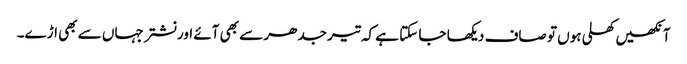
آنکھیں کھلی ہوں تو صاف دیکھا جا سکتا ہے کہ تیر جدھر سے بھی آئے اور نشتر جہاں سے بھی اڑے۔